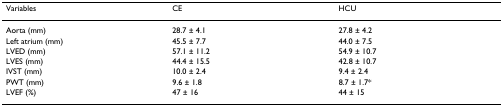
<table><thead><tr><td><b>Variables</b></td><td><b>CE</b></td><td><b>HCU</b></td></tr></thead><tbody><tr><td>Aorta (mm)</td><td>28.7 ± 4.1</td><td>27.8 ± 4.2</td></tr><tr><td>Left atrium (mm)</td><td>45.5 ± 7.7</td><td>44.0 ± 7.5</td></tr><tr><td>LVED (mm)</td><td>57.1 ± 11.2</td><td>54.9 ± 10.7</td></tr><tr><td>LVES (mm)</td><td>44.4 ± 15.5</td><td>42.8 ± 10.7</td></tr><tr><td>IVST (mm)</td><td>10.0 ± 2.4</td><td>9.4 ± 2.4</td></tr><tr><td>PWT (mm)</td><td>9.6 ± 1.8</td><td>8.7 ± 1.7*</td></tr><tr><td>LVEF (%)</td><td>47 ± 16</td><td>44 ± 15</td></tr></tbody></table>